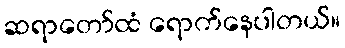
ဆရာတော်ထံ ရောက်နေပါတယ်။